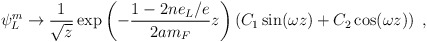
\begin{align*}\psi_L ^{m} \to \frac{1}{\sqrt{z}} \exp\left(-\frac{1-2ne_L/e}{2am_F}z\right) \left(C_1 \sin(\omega z) +C_2 \cos(\omega z)\right)~,\end{align*}